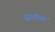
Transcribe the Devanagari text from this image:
सारगोसा